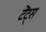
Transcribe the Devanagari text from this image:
टेंट्स